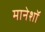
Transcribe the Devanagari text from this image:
मानेशॉ